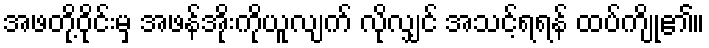
အဖတို့ဝိုင်းမှ အဖန်အိုးကိုယူလျက် လိုလျှင် အသင့်ရရန် ထပ်ကျို၏။